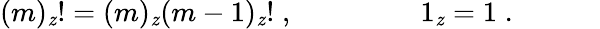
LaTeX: (m)_{\mathit{z}}!=(m)_{\mathit{z}}(m-1)_{\mathit{z}}!\; ,\; \; \; \; \; \; \; \; \; \; \; \; \; \; \; \; 1_{\mathit{z}}=1\; .\; \; \; \; \; \; \; \; \; \; \;